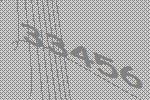
33456